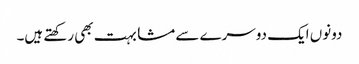
دونوں ایک دوسرے سے مشابہت بھی رکھتے ہیں۔